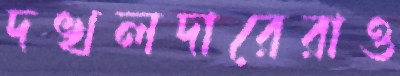
দখলদারেরাও